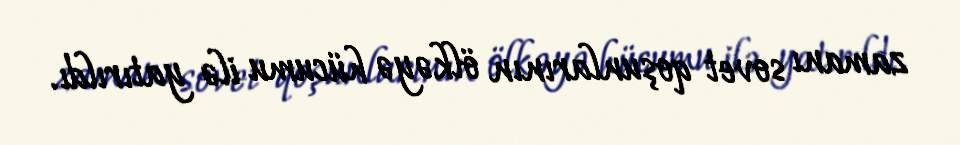
zamanı sovet qoşunlarının ölkəyə hücumu ilə yatırıldı.